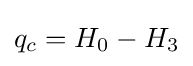
q_{c}=H_{0}-H_{3}